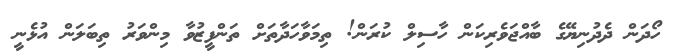
ހޯދަން ދެދުނިޔޭގެ ބާއްޖަވެރިކަން ހާސިލް ކުރަން! ތިމަވާހަދާތަށް ތަންފީޒުވާ މިންވަރު ތިބަލަން އުޅެނީ